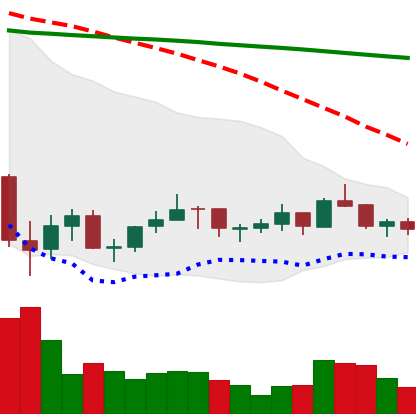
Ticker: LINK-USD
Chart end date: 2021-07-10
Forward return: -13.874%
Label: down_7plus